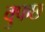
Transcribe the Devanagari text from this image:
वुफछ